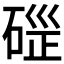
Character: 𥓱